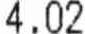
4.02